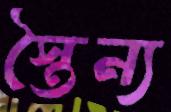
স্তৈন্য